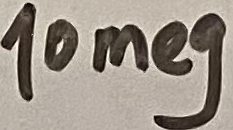
Text: 10meg